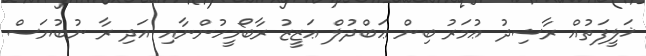
ޚަލީފަތުއް ރާޝިދު ޢުމަރު ބިން ޢަބްދުލް ޢަޒީޒު ރާބޯމީހުންނާއި އަދި ރާ ނުބުޔަސް